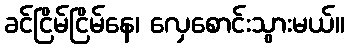
ခင်ငြိမ်ငြိမ်နေ၊ လှေစောင်းသွားမယ်။